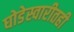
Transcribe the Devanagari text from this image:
घोडेस्वारीतही